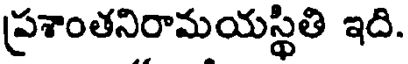
ప్రశాంతనిరామయస్థితి ఇది.